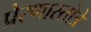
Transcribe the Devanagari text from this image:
प्रेरणास्तोत्रे